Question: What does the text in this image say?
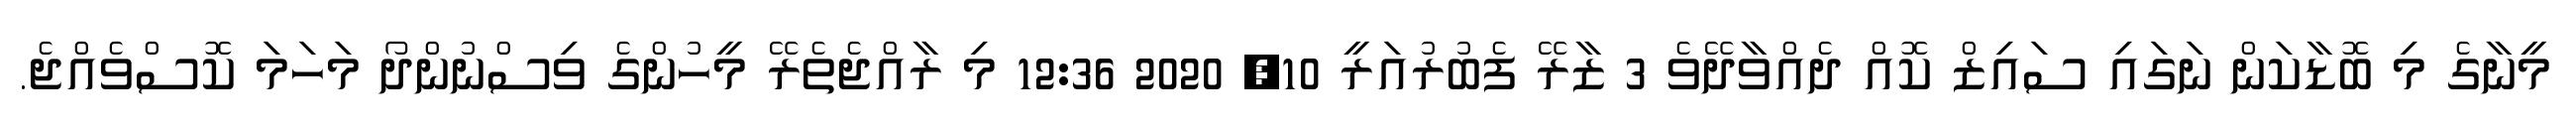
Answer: މީނާގެ މި ބޮޑާކަން ނަގައި ސައިޒް ކޮއް ދެއްވާދޭވެ 3 ޒާރޭ ފެބުރުއަރީ 10, 2020 12:36 މި ރާއްޖެތެރޭ މީހުންގެ ވިސްނުންދޯ މަހަމަ ކޮސްވެއްޖެ.